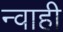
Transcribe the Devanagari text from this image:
न्वाही